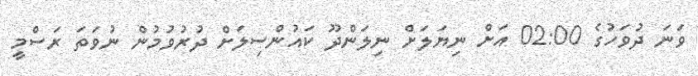
ވަނަ ދުވަހުގެ 02:00 އަށް ނިޔަލަށް ނިލަންދޫ ކައުންސިލަށް ދުރުވުމުން ނުވަތަ ރަސްމީ